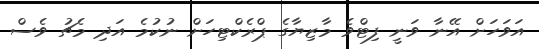
އަވަހަށް އޭނާ ވަނީ ފިޓްވެ މާޒިޔާގެ ޕްރެކްޓިހަށް ނުކުމެ އަދި މެޗު ވެސް